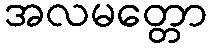
အလမတ္တော